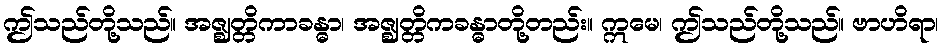
ဤသည်တို့သည်။ အဇ္ဈတ္တိကာခန္ဓာ၊ အဇ္ဈတ္တိကခန္ဓာတို့တည်း။ ဣမေ၊ ဤသည်တို့သည်။ ဗာဟိရာ၊